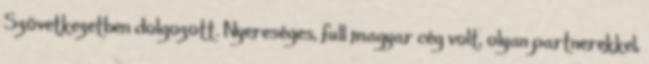
Szövetkezetben dolgozott. Nyereséges, full magyar cég volt, olyan partnerekkel,